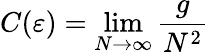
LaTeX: C(\varepsilon)=\operatorname*{lim}_{N\rightarrow\infty}{\frac{g}{N^{2}}}